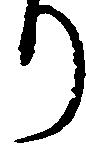
り